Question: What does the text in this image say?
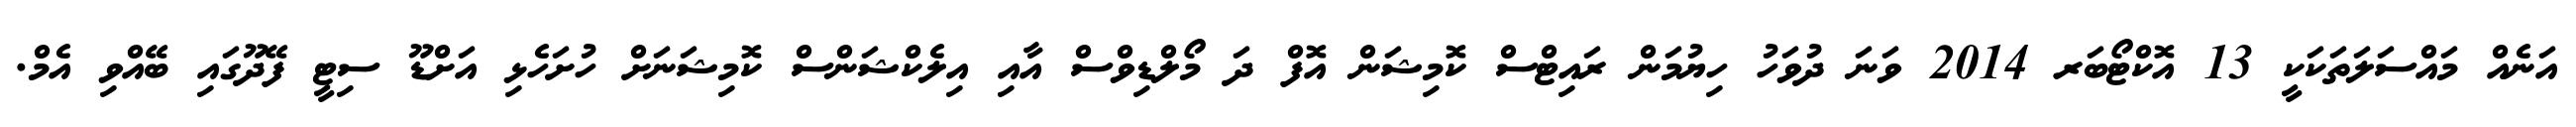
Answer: އަނެއް މައްސަލަތަކަކީ 13 އޮކްޓޯބަރ 2014 ވަނަ ދުވަހު ހިޔުމަން ރައިޓްސް ކޮމިޝަން އޮފް ދަ މޯލްޑިވްސް އާއި އިލެކްޝަންސް ކޮމިޝަނަށް ހުށަހެޅި އަށްޑޫ ސިޓީ ފޭދޫގައި ބޭއްވި އެމް.